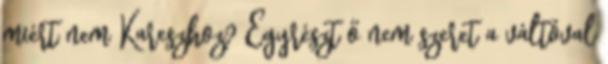
miért nem Kareszhoz? Egyrészt ő nem szeret a váltóval